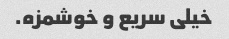
خیلی سریع و خوشمزه.